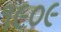
૧૯૦૯